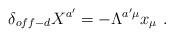
LaTeX: \begin{align*}\delta_{off-d}X^{a'}=-\Lambda^{a'\mu}x_\mu\ .\end{align*}